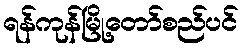
ရန်ကုန်မြို့တော်စည်ပင်